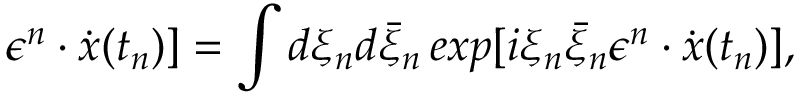
\epsilon ^ { n } \cdot \dot { x } ( t _ { n } ) ] = \int d \xi _ { n } d \bar { \xi } _ { n } \, e x p [ i \xi _ { n } \bar { \xi } _ { n } \epsilon ^ { n } \cdot \dot { x } ( t _ { n } ) ] ,